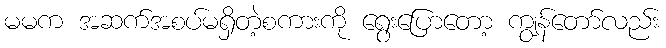
မမက အဆက်အစပ်မရှိတဲ့စကားကို ရွေးပြောတော့ ကျွန်တော်လည်း